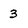
Character: 3